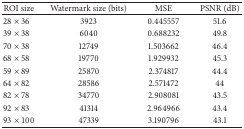
<table><thead><tr><td><b>ROI size</b></td><td><b>Watermark size (bits)</b></td><td><b>MSE</b></td><td><b>PSNR (dB) </b></td></tr></thead><tbody><tr><td>28 × 36</td><td>3923</td><td>0.445557</td><td>51.6</td></tr><tr><td>39 × 38</td><td>6040</td><td>0.688232</td><td>49.8</td></tr><tr><td>70 × 38</td><td>12749</td><td>1.503662</td><td>46.4</td></tr><tr><td>68 × 58</td><td>19770</td><td>1.929932</td><td>45.3</td></tr><tr><td>59 × 89</td><td>25870</td><td>2.374817</td><td>44.4</td></tr><tr><td>64 × 82</td><td>28586</td><td>2.571472</td><td>44</td></tr><tr><td>82 × 78</td><td>34770</td><td>2.908081</td><td>43.5</td></tr><tr><td>92 × 83</td><td>41314</td><td>2.964966</td><td>43.4</td></tr><tr><td>93 × 100</td><td>47339</td><td>3.190796</td><td>43.1</td></tr></tbody></table>